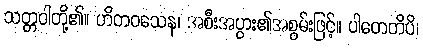
သတ္တဝါတို့၏။ ဟိတဝသေန၊ အစီးအပွား၏အစွမ်းဖြင့်။ ပါတေတိပိ၊